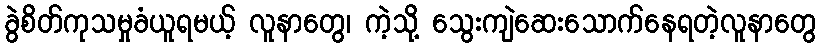
ခွဲစိတ်ကုသမှုခံယူရမယ့် လူနာတွေ၊ ကဲ့သို့ သွေးကျဲဆေးသောက်နေရတဲ့လူနာတွေ